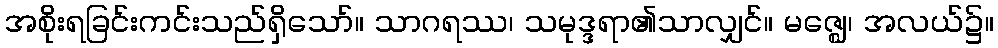
အစိုးရခြင်းကင်းသည်ရှိသော်။ သာဂရဿ၊ သမုဒ္ဒရာ၏သာလျှင်။ မဇ္ဈေ၊ အလယ်၌။